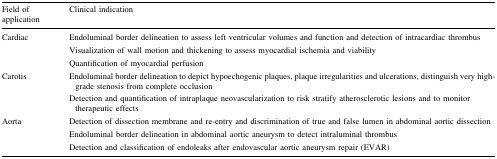
<table><thead><tr><td><b>Field of application</b></td><td><b>Clinical indication</b></td></tr></thead><tbody><tr><td rowspan="3">Cardiac</td><td>Endoluminal border delineation to assess left ventricular volumes and function and detection of intracardiac thrombus</td></tr><tr><td>Visualization of wall motion and thickening to assess myocardial ischemia and viability</td></tr><tr><td>Quantification of myocardial perfusion</td></tr><tr><td rowspan="2">Carotis</td><td>Endoluminal border delineation to depict hypoechogenic plaques, plaque irregularities and ulcerations, distinguish very high-grade stenosis from complete occlusion</td></tr><tr><td>Detection and quantification of intraplaque neovascularization to risk stratify atherosclerotic lesions and to monitor therapeutic effects</td></tr><tr><td rowspan="3">Aorta</td><td>Detection of dissection membrane and re-entry and discrimination of true and false lumen in abdominal aortic dissection</td></tr><tr><td>Endoluminal border delineation in abdominal aortic aneurysm to detect intraluminal thrombus</td></tr><tr><td>Detection and classification of endoleaks after endovascular aortic aneurysm repair (EVAR)</td></tr></tbody></table>